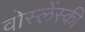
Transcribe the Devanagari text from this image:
वोस्लेंस्की